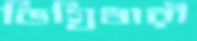
ডিগ্রিধারী